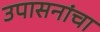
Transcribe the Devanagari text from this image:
उपासनांचा